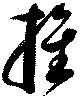
推